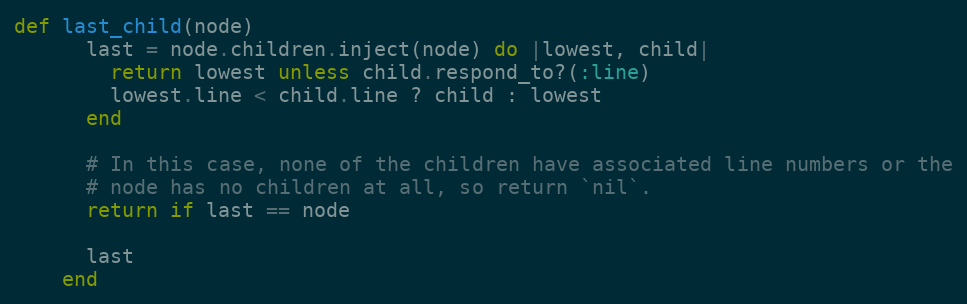
Language: Ruby
def last_child(node)
      last = node.children.inject(node) do |lowest, child|
        return lowest unless child.respond_to?(:line)
        lowest.line < child.line ? child : lowest
      end

      # In this case, none of the children have associated line numbers or the
      # node has no children at all, so return `nil`.
      return if last == node

      last
    end